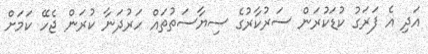
އަދި އެ ފަރަގު ކުޑަކުރަން ސަރުކާރުގެ ސިޔާސަތުތައް ހަރުދަނާ ކުރަން ޖެހޭ ކަމަށް